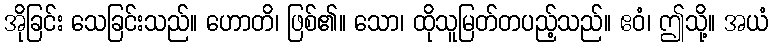
အိုခြင်း သေခြင်းသည်။ ဟောတိ၊ ဖြစ်၏။ သော၊ ထိုသူမြတ်တပည့်သည်။ ဧဝံ၊ ဤသို့။ အယံ